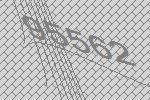
95562